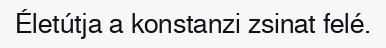
Életútja a konstanzi zsinat felé.